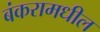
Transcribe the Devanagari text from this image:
बंकरामधील